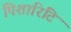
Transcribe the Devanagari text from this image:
पिशारिटि